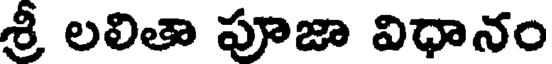
శ్రీ లలితా పూజా విధానం